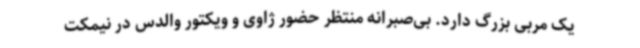
یک مربی بزرگ دارد. بی‌صبرانه منتظر حضور ژاوی و ویکتور والدس در نیمکت